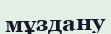
мұздану